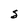
Character: S